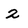
Character: 2